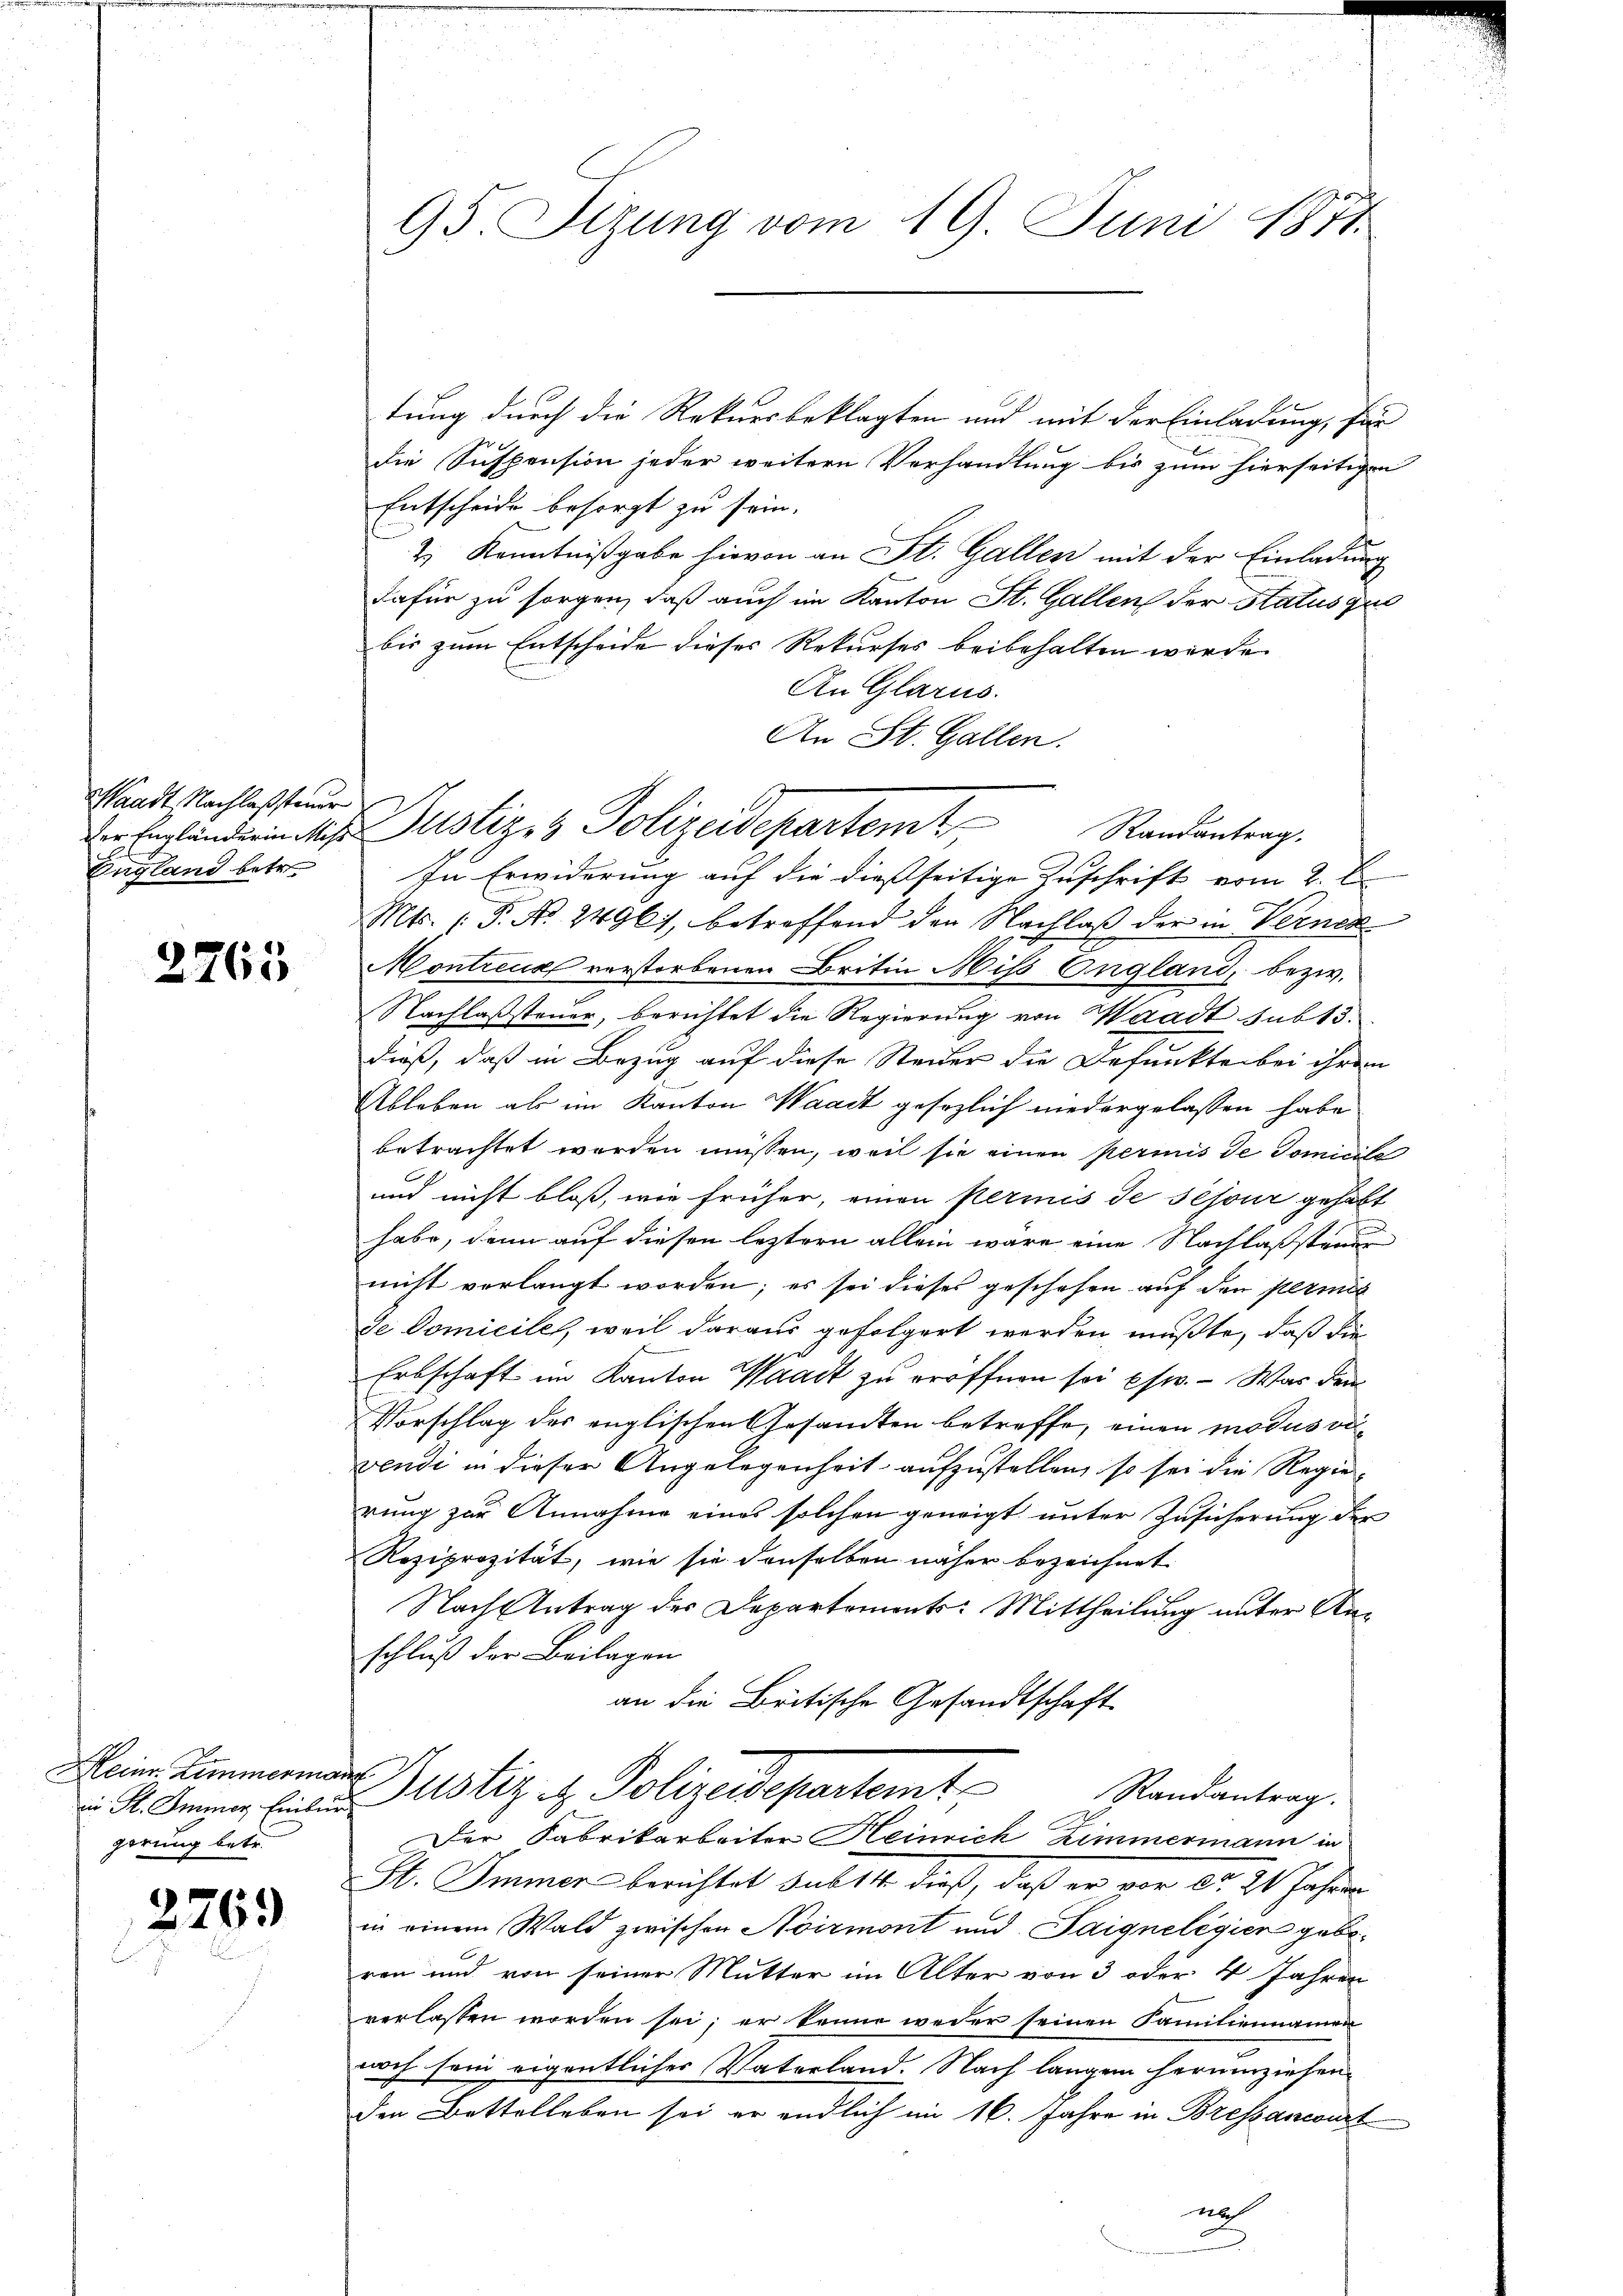
Waadt, Nachlassteuer
der Engländerin Miß¬
England betr.

2765

Heinr. Zimmerun
in St. Immer Einburg
gerung betr.

276.

95. Sizung vom 19. Juni 1871

tung durch die Rekursbeklagten und mit der Einladung, für
die Suspension jeder weitern Verhandlung bis zum hierseitigen
Entscheide besorgt zu sein.
2.) Kenntnißgabe hievon an St. Gallen mit der Einladung
dafür zu sorgen, daß auch im Kanton St. Gallen der Status quo
bis zum Entscheide dieses Rekurses beibehalten werde.
An Glarus.
An St. Gallen.
In Erwiderung auf die dießseitige Zuschrift vom 2. l.
Mts. (T. N. 2496), betreffend den Nachlaß der in Verner
Montreux verstorbenen Britin Mis England, bezw.
Nachlassteuer, berichtet die Regierung von Waadt sub 13.
dieß, daß in Bezug auf diese Steier die Befunkte bei ihrem
Ableben als im Kanton Waadt gesezlich niedergelassen habe
betrachtet werden müssen, weil sie einen permis de domicile
und nicht bloß, wie früher, einen permis de sejour gehabt
habe, dann auf diesen leztern allein wäre eine Nachlaßstander
nicht vorlangt worden; es sei dieses geschehen auf den permis
de Domiciles, weil daraus gefolgert werden mußte, daß die
Erbschaft im Kanton Waadt zu eröffnen sei pfw. - War dem
Vorschlag der englischen Gesandten betreffe, einen modus viwendi in dieser Angelegenheit aufzustellen, so sei die Regierung zur Annahme eines solchen geneigt unter Zusicherung der
Reziprozität, wie sie denselben näher bezeichnet
Nach Antrag des Departements: Mittheilung unter Anschluß der Beilagen
an die Britische Gesandtschaft

Justiziz Polizeidepartent
Randantrag.

Sb. Immer berichtet sub 14 dieß, daß er vor No. 21 Jahren
in einem Wald zwischen Noirmont und Saignelègien geberen und von seiner Mutter im Alter von 3 oder 4 Jahren
verlassen worden sei; er kenne weder seinen Familiennamen
noch sein eigentlicher Vaterland. Nach langen herumziehen
den Bettelleben sei er endlich im 16. Jahre in Bressancourt
n

e
Bustiz & Polizeisepartemt
Randantrag.
A
Der Fabrikarbeiten Heinrich Zimmermann in